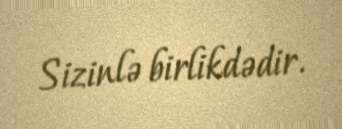
Sizinlə birlikdədir.